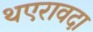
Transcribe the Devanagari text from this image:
थएरावदा